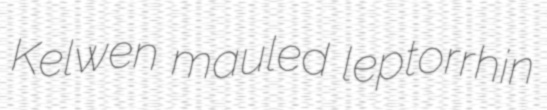
Kelwen mauled leptorrhin